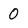
Character: 0